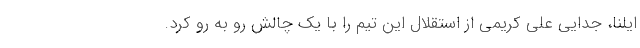
ایلنا، جدایی علی کریمی از استقلال این تیم را با یک چالش رو به رو کرد.